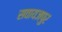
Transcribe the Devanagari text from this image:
सवायजपुर